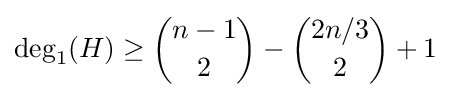
\deg _{1}(H)\geq {n-1 \choose 2}-{2n/3 \choose 2}+1